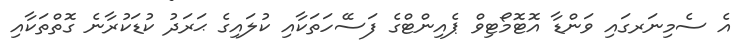
އެ ސެމިނަރގައި ވަންޑާ އޮޓޮމޯޓިވް ޕެއިންޓްގެ ފަސޭހަތަކާއި ކުލައިގެ ޙަރަދު ކުޑަކުރާނެ ގޮތްތަކާއި